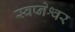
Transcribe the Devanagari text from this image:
स्वप्नेश्वर